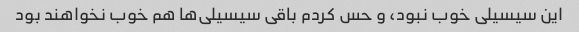
این سیسیلی خوب نبود، و حس کردم باقی سیسیلی‌ها هم خوب نخواهند بود